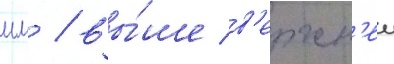
мм / вы́ше в'ерхн'еи